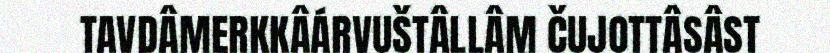
TAVDÂMERKKÂÁRVUŠTÂLLÂM ČUJOTTÂSÂST